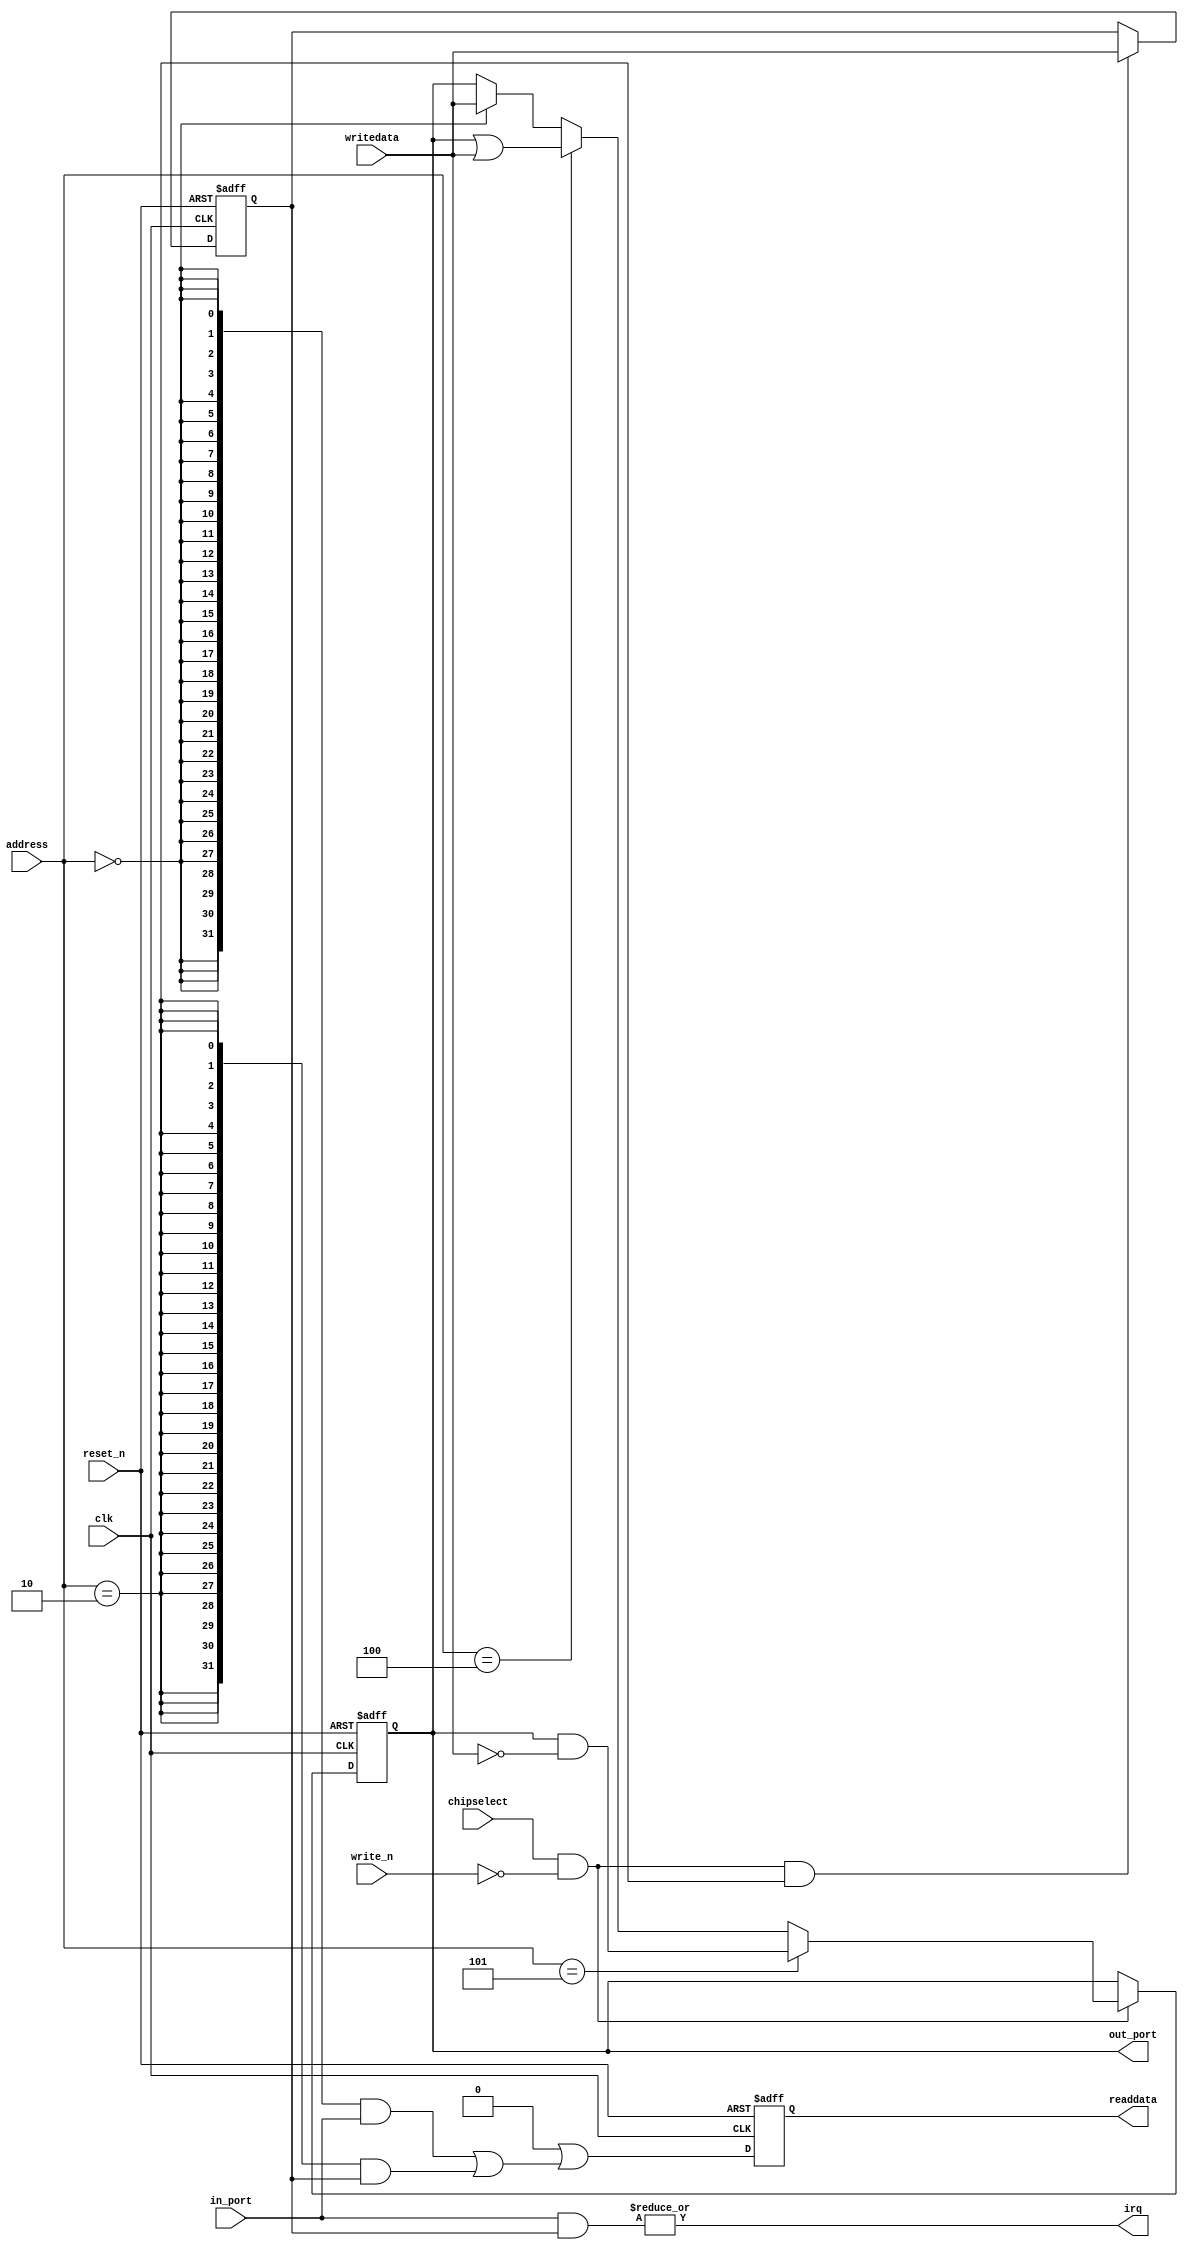
module nios_pio_0 (
                     address,
                     chipselect,
                     clk,
                     in_port,
                     reset_n,
                     write_n,
                     writedata,
                     irq,
                     out_port,
                     readdata
                  )
;
  output           irq;
  output  [ 31: 0] out_port;
  output  [ 31: 0] readdata;
  input   [  2: 0] address;
  input            chipselect;
  input            clk;
  input   [ 31: 0] in_port;
  input            reset_n;
  input            write_n;
  input   [ 31: 0] writedata;
  wire             clk_en;
  wire    [ 31: 0] data_in;
  reg     [ 31: 0] data_out;
  wire             irq;
  reg     [ 31: 0] irq_mask;
  wire    [ 31: 0] out_port;
  wire    [ 31: 0] read_mux_out;
  reg     [ 31: 0] readdata;
  wire             wr_strobe;
  assign clk_en = 1;
  assign read_mux_out = ({32 {(address == 0)}} & data_in) |
    ({32 {(address == 2)}} & irq_mask);
  always @(posedge clk or negedge reset_n)
    begin
      if (reset_n == 0)
          readdata <= 0;
      else if (clk_en)
          readdata <= {32'b0 | read_mux_out};
    end
  assign wr_strobe = chipselect && ~write_n;
  always @(posedge clk or negedge reset_n)
    begin
      if (reset_n == 0)
          data_out <= 0;
      else if (clk_en)
          if (wr_strobe)
              data_out <= (address == 5)? data_out & ~writedata[31 : 0]: (address == 4)? data_out | writedata[31 : 0]: (address == 0)? writedata[31 : 0]: data_out;
    end
  assign out_port = data_out;
  assign data_in = in_port;
  always @(posedge clk or negedge reset_n)
    begin
      if (reset_n == 0)
          irq_mask <= 0;
      else if (chipselect && ~write_n && (address == 2))
          irq_mask <= writedata[31 : 0];
    end
  assign irq = |(data_in      & irq_mask);
endmodule